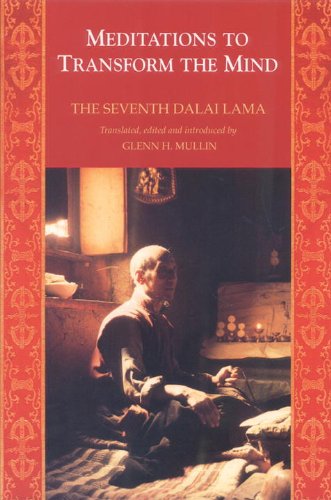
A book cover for Meditations To Transform The Mind; The 7Th Dalai Lama; Religion & Spirituality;